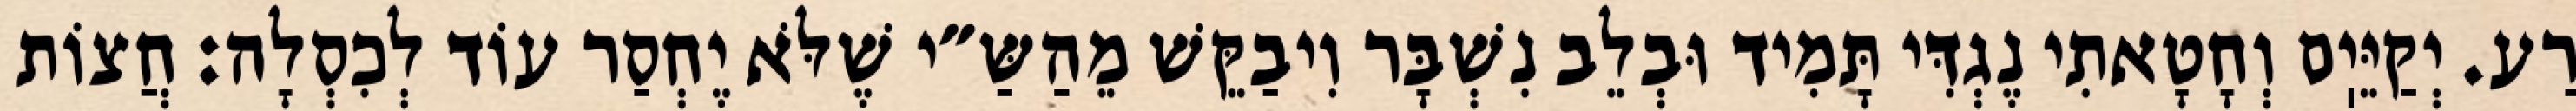
רַע. יְקַיֵּיֽם וְחָטָאתִי נֶגְדִּי תָּמִיד וּבְלֵב נִשְׁבָּר וִיבַקֵּשׁ מֵהַשַּ״י שֶׁלֹּא יֶחְסַר עוֹד לְכִסְלָה: חֲצוֹת